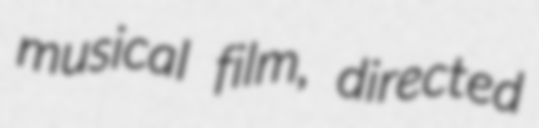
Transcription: musical film, directed